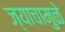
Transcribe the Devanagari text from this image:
ज्याचामुळे